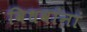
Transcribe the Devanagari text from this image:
विधवांनां